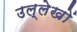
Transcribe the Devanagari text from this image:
उल्लेखाें